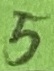
Text: 5